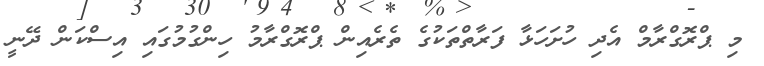
މި ޕްރޮގްރާމް އެދި ހުށަހަޅާ ފަރާތްތަކުގެ ތެރެއިން ޕްރޮގްރާމު ހިންގުމުގައި އިސްކަން ދޭނީ